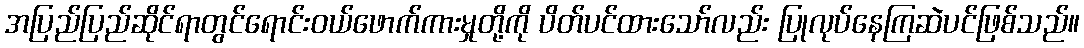
အပြည်ပြည်ဆိုင်ရာတွင်ရောင်းဝယ်ဖောက်ကားမှုတို့ကို ပိတ်ပင်ထားသော်လည်း ပြုလုပ်နေကြဆဲပင်ဖြစ်သည်။